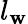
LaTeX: l_{\mathbf{w}}